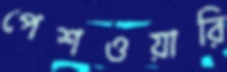
পেশওয়ারি